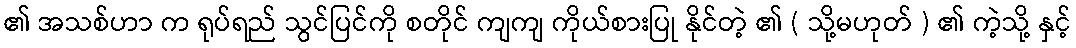
၏ အသစ်ဟာ က ရုပ်ရည် သွင်ပြင်ကို စတိုင် ကျကျ ကိုယ်စားပြု နိုင်တဲ့ ၏ ( သို့မဟုတ် ) ၏ ကဲ့သို့ နှင့်